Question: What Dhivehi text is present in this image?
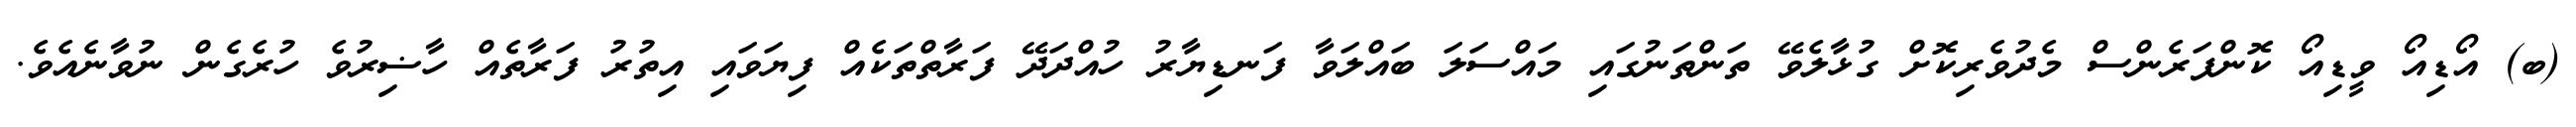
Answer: (ބ) އޯޑިއޯ ވީޑިއޯ ކޮންފަރެންސް މެދުވެރިކޮށް ގުޅާލެވޭ ތަންތަނުގައި މައްސަލަ ބައްލަވާ ފަނޑިޔާރު ހުއްދަދޭ ފަރާތްތަކެއް ފިޔަވައި އިތުރު ފަރާތެއް ހާޟިރުވެ ހުރެގެން ނުވާނެއެވެ.